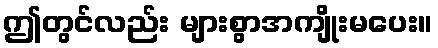
ဤတွင်လည်း များစွာအကျိုးမပေး။